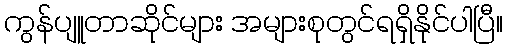
ကွန်ပျူတာဆိုင်များ အများစုတွင်ရရှိနိုင်ပါပြီ။